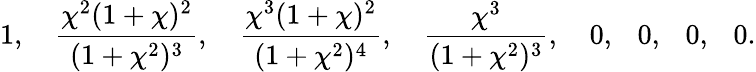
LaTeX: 1,\quad\frac{\chi^{2}(1+\chi)^{2}}{(1+\chi^{2})^{3}},\quad\frac{\chi^{3}(1+\chi)^{2}}{(1+\chi^{2})^{4}},\quad\frac{\chi^{3}}{(1+\chi^{2})^{3}},\quad 0,\ \ \ 0,\ \ \ 0,\ \ \ 0.